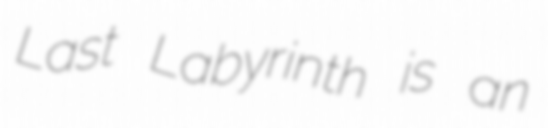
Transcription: Last Labyrinth is an